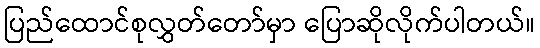
ပြည်ထောင်စုလွှတ်တော်မှာ ပြောဆိုလိုက်ပါတယ်။